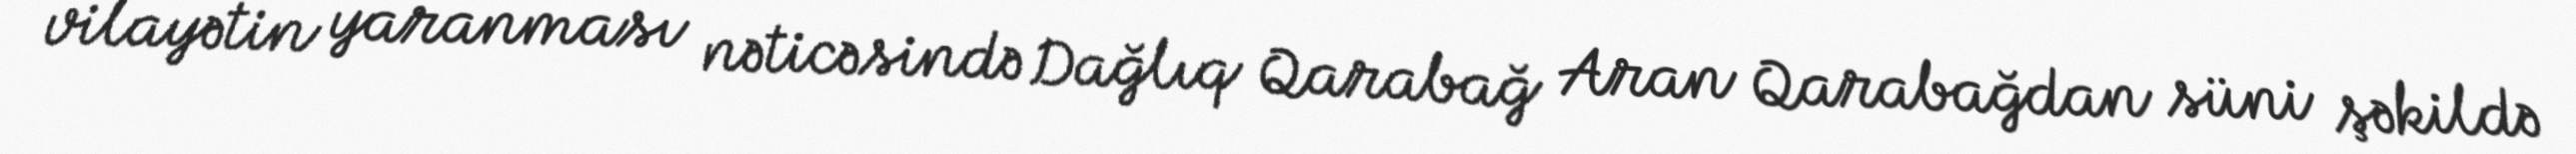
vilayətin yaranması nəticəsində Dağlıq Qarabağ Aran Qarabağdan süni şəkildə